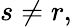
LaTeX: s\neq r,